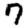
Digit: 7